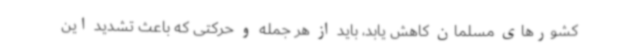
کشورهای مسلمان کاهش یابد، باید از هر جمله و حرکتی که باعث تشدید این